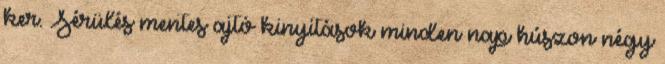
ker. Sérülés mentes ajtó kinyitások minden nap húszon négy